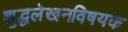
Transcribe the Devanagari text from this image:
शुद्धलेखनविषयक